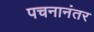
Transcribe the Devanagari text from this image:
पचनानंतर